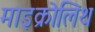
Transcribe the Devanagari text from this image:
माइक्रोलिथ